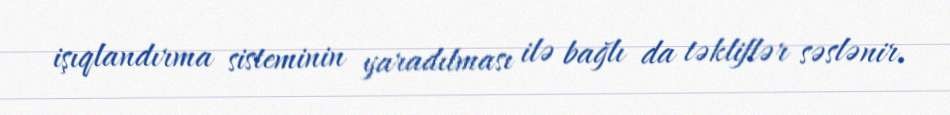
işıqlandırma sisteminin yaradılması ilə bağlı da təkliflər səslənir.